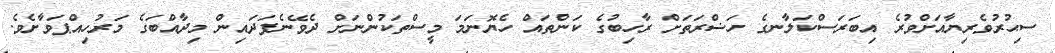
ސިޙުރުވެރިޔާއަށްވުރެ އިބަރަސްކަލާނގެ ހަޟްރަތަށް ރާހިބުގެ ކަންތައް ހެޔޮނަމަ މީސްތަކުންނަށް ދެވޭނެފަދައިން މިދާއްބަގެ މަރުހިއްޕަވާށެވެ.